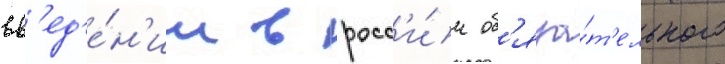
вв'ед'е́н'ии в росс'и́и об'яза́т'ельного